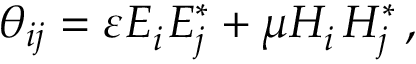
\theta _ { i j } = \varepsilon E _ { i } ^ { \phantom { * } } E _ { j } ^ { * } + \mu H _ { i } ^ { \phantom { * } } H _ { j } ^ { * } \, ,